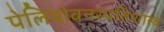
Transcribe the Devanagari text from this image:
पेलियोवनस्पतिशास्त्र